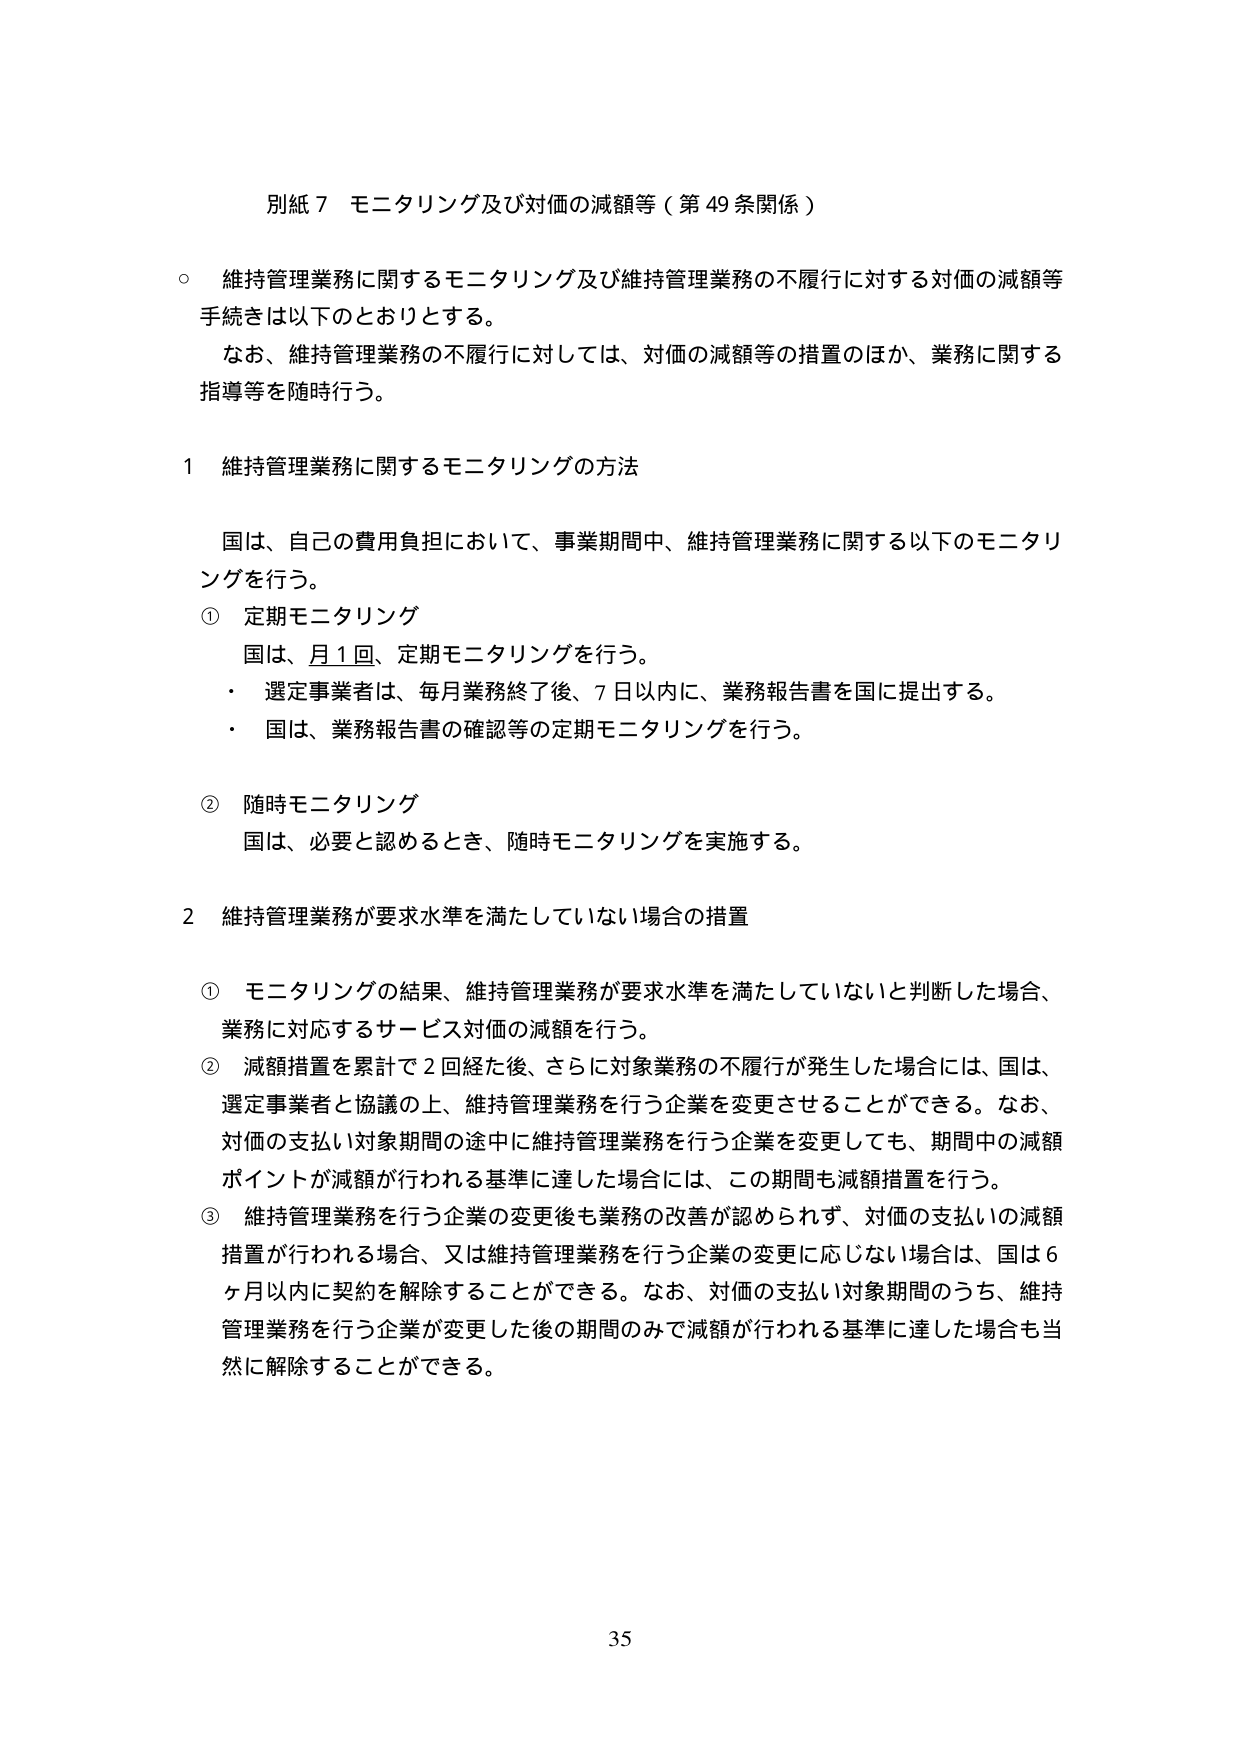
別紙７ モニタリング及び対価の減額等（第49条関係）

○ 維持管理業務に関するモニタリング及び維持管理業務の不履行に対する対価の減額等手続きは以下のとおりとする。
　なお、維持管理業務の不履行に対しては、対価の減額等の措置のほか、業務に関する指導等を随時行う。

１ 維持管理業務に関するモニタリングの方法

　国は、自己の費用負担において、事業期間中、維持管理業務に関する以下のモニタリングを行う。
① 定期モニタリング
　国は、月１回、定期モニタリングを行う。
　・ 選定事業者は、毎月業務終了後、７日以内に、業務報告書を国に提出する。
　・ 国は、業務報告書の確認等の定期モニタリングを行う。
② 随時モニタリング
　国は、必要と認めるとき、随時モニタリングを実施する。

２ 維持管理業務が要求水準を満たしていない場合の措置

① モニタリングの結果、維持管理業務が要求水準を満たしていないと判断した場合、業務に対応するサービス対価の減額を行う。
② 減額措置を累計で２回経た後、さらに対象業務の不履行が発生した場合には、国は、選定事業者と協議の上、維持管理業務を行う企業を変更させることができる。なお、対価の支払い対象期間の途中に維持管理業務を行う企業を変更しても、期間中の減額ポイントが減額が行われる基準に達した場合には、この期間も減額措置を行う。
③ 維持管理業務を行う企業の変更後も業務の改善が認められず、対価の支払いの減額措置が行われる場合、又は維持管理業務を行う企業の変更に応じない場合は、国は６ヶ月以内に契約を解除することができる。なお、対価の支払い対象期間のうち、維持管理業務を行う企業が変更した後の期間のみで減額が行われる基準に達した場合も当然に解除することができる。

35